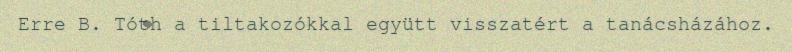
Erre B. Tóth a tiltakozókkal együtt visszatért a tanácsházához.